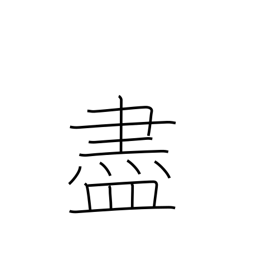
Meaning: befriend